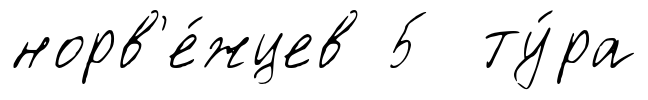
норв'е́жцев 5 ту́ра